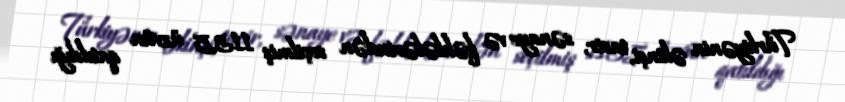
Türkiyənin əkinçi, tacir, sənaye və fəhlələrindən seçilmiş 1135 üzvün qatıldığı